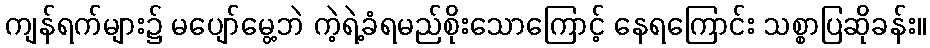
ကျန်ရက်များ၌ မပျော်မွေ့ဘဲ ကဲ့ရဲ့ခံရမည်စိုးသောကြောင့် နေရကြောင်း သစ္စာပြဆိုခန်း။